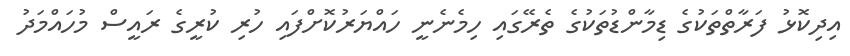
އިދިކޮޅު ފަރާތްތަކުގެ ޑިމާންޑުތަކުގެ ތެރޭގައި ހިމެނެނީ ހައްޔަރުކޮށްފައި ހުރި ކުރީގެ ރައީސް މުހައްމަދު